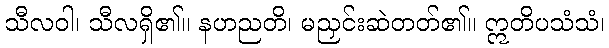
သီလဝါ၊ သီလရှိ၏။ နဟညတိ၊ မညှင်းဆဲတတ်၏။ ဣတိပသံသံ၊